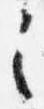
之